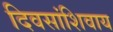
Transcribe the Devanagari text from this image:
दिवसांशिवाय